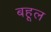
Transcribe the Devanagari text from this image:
बहूल